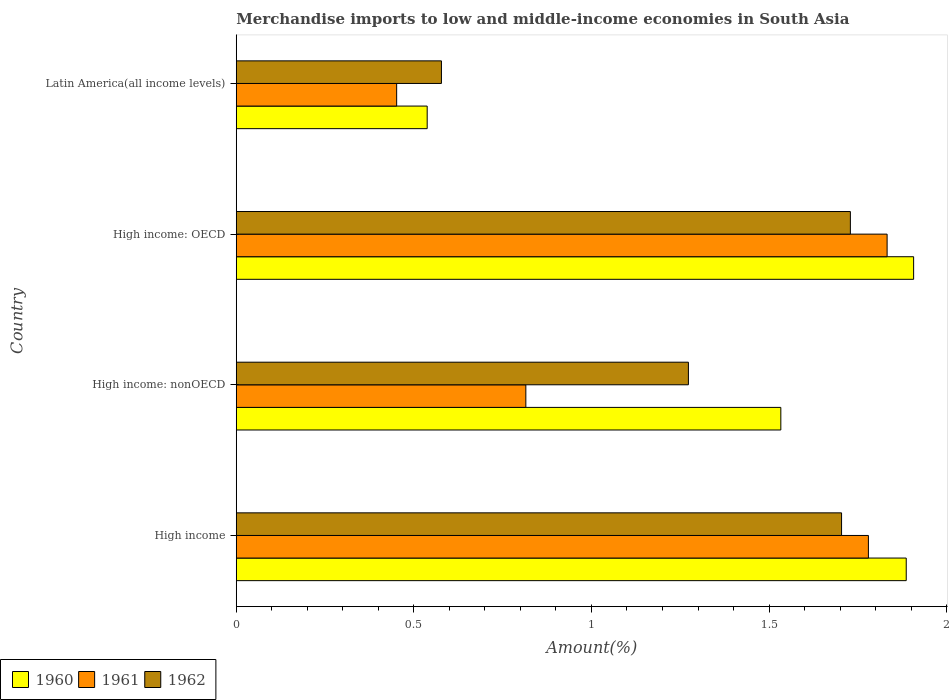
| Country | 1960 | 1961 | 1962 |
 | --- | --- | --- | --- |
 | High income | 1.89 | 1.78 | 1.7 |
 | High income: nonOECD | 1.53 | 0.815 | 1.27 |
 | High income: OECD | 1.91 | 1.83 | 1.73 |
 | Latin America(all income levels) | 0.538 | 0.452 | 0.578 |